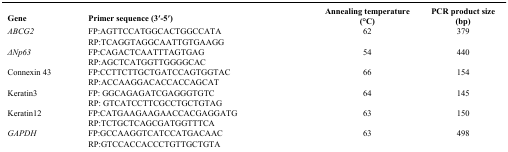
<table><thead><tr><td><b>Gene</b></td><td><b>Primer sequence (3′-5′)</b></td><td><b>Annealing temperature (°C)</b></td><td><b>PCR product size (bp)</b></td></tr></thead><tbody><tr><td><i>ABCG2</i></td><td>FP:AGTTCCATGGCACTGGCCATA</td><td>62</td><td>379</td></tr><tr><td> </td><td>RP:TCAGGTAGGCAATTGTGAAGG</td><td> </td><td> </td></tr><tr><td><i>ΔNp63</i></td><td>FP:CAGACTCAATTTAGTGAG</td><td>54</td><td>440</td></tr><tr><td> </td><td>RP:AGCTCATGGTTGGGGCAC</td><td> </td><td> </td></tr><tr><td>Connexin 43</td><td>FP:CCTTCTTGCTGATCCAGTGGTAC</td><td>66</td><td>154</td></tr><tr><td> </td><td>RP:ACCAAGGACACCACCAGCAT</td><td> </td><td> </td></tr><tr><td>Keratin3</td><td>FP: GGCAGAGATCGAGGGTGTC</td><td>64</td><td>145</td></tr><tr><td> </td><td>RP: GTCATCCTTCGCCTGCTGTAG</td><td> </td><td> </td></tr><tr><td>Keratin12</td><td>FP:CATGAAGAAGAACCACGAGGATG</td><td>63</td><td>150</td></tr><tr><td> </td><td>RP:TCTGCTCAGCGATGGTTTCA</td><td> </td><td> </td></tr><tr><td><i>GAPDH</i></td><td>FP:GCCAAGGTCATCCATGACAAC</td><td>63</td><td>498</td></tr><tr><td> </td><td>RP:GTCCACCACCCTGTTGCTGTA</td><td> </td><td> </td></tr></tbody></table>